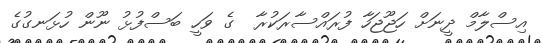
އިސްލާމް ދީނަށް ހަޖޫޖަހާ ފުރައްސާރަކުރާ  ގެ ވަހީ ބަސްފުޅު ނޫން ހުޅަނގުގެ